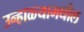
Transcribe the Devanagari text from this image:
उन्हाळ्यामधील